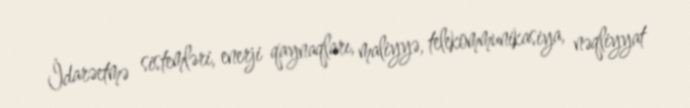
İdarəetmə sistemləri, enerji qaynaqları, maliyyə, telekommunikasiya, nəqliyyat